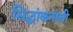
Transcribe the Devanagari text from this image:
सिद्धांकनांची